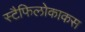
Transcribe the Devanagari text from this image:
स्टैफिलोकाकस